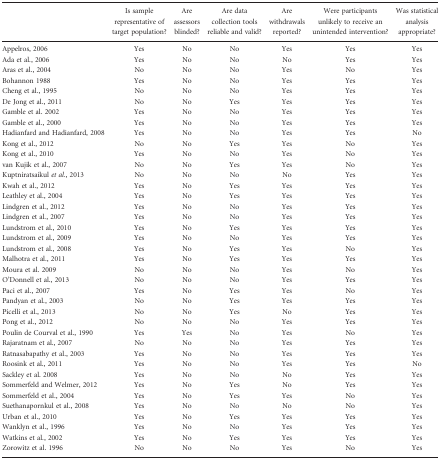
<table><thead><tr><td></td><td><b>Is sample representative of target population?</b></td><td><b>Are assessors blinded?</b></td><td><b>Are data collection tools reliable and valid?</b></td><td><b>Are withdrawals reported?</b></td><td><b>Were participants unlikely to receive an unintended intervention?</b></td><td><b>Was statistical analysis appropriate?</b></td></tr></thead><tbody><tr><td>Appelros, 2006</td><td>Yes</td><td>No</td><td>No</td><td>Yes</td><td>Yes</td><td>Yes</td></tr><tr><td>Ada et al., 2006</td><td>Yes</td><td>No</td><td>No</td><td>No</td><td>Yes</td><td>Yes</td></tr><tr><td>Aras et al., 2004</td><td>No</td><td>No</td><td>No</td><td>Yes</td><td>No</td><td>Yes</td></tr><tr><td>Bohannon 1988</td><td>Yes</td><td>No</td><td>No</td><td>Yes</td><td>Yes</td><td>Yes</td></tr><tr><td>Cheng et al., 1995</td><td>No</td><td>No</td><td>No</td><td>Yes</td><td>Yes</td><td>Yes</td></tr><tr><td>De Jong et al., 2011</td><td>No</td><td>No</td><td>Yes</td><td>Yes</td><td>Yes</td><td>Yes</td></tr><tr><td>Gamble et al. 2002</td><td>Yes</td><td>No</td><td>No</td><td>Yes</td><td>Yes</td><td>Yes</td></tr><tr><td>Gamble et al., 2000</td><td>Yes</td><td>No</td><td>No</td><td>Yes</td><td>Yes</td><td>Yes</td></tr><tr><td>Hadianfard and Hadianfard, 2008</td><td>Yes</td><td>No</td><td>No</td><td>Yes</td><td>Yes</td><td>No</td></tr><tr><td>Kong et al., 2012</td><td>No</td><td>No</td><td>Yes</td><td>Yes</td><td>No</td><td>Yes</td></tr><tr><td>Kong et al., 2010</td><td>Yes</td><td>No</td><td>No</td><td>Yes</td><td>No</td><td>Yes</td></tr><tr><td>van Kujik et al., 2007</td><td>No</td><td>No</td><td>Yes</td><td>Yes</td><td>No</td><td>Yes</td></tr><tr><td>Kuptniratsaikul <i>et al.</i>, 2013</td><td>No</td><td>No</td><td>No</td><td>No</td><td>Yes</td><td>Yes</td></tr><tr><td>Kwah et al., 2012</td><td>Yes</td><td>No</td><td>Yes</td><td>Yes</td><td>Yes</td><td>Yes</td></tr><tr><td>Leathley et al., 2004</td><td>Yes</td><td>No</td><td>Yes</td><td>Yes</td><td>Yes</td><td>Yes</td></tr><tr><td>Lindgren et al., 2012</td><td>Yes</td><td>No</td><td>No</td><td>Yes</td><td>Yes</td><td>Yes</td></tr><tr><td>Lindgren et al., 2007</td><td>Yes</td><td>No</td><td>No</td><td>Yes</td><td>Yes</td><td>Yes</td></tr><tr><td>Lundstrom et al., 2010</td><td>Yes</td><td>No</td><td>Yes</td><td>Yes</td><td>Yes</td><td>Yes</td></tr><tr><td>Lundstrom et al., 2009</td><td>Yes</td><td>No</td><td>No</td><td>Yes</td><td>Yes</td><td>Yes</td></tr><tr><td>Lundstrom et al., 2008</td><td>Yes</td><td>No</td><td>Yes</td><td>Yes</td><td>No</td><td>Yes</td></tr><tr><td>Malhotra et al., 2011</td><td>Yes</td><td>No</td><td>Yes</td><td>Yes</td><td>Yes</td><td>Yes</td></tr><tr><td>Moura et al. 2009</td><td>No</td><td>No</td><td>No</td><td>Yes</td><td>No</td><td>Yes</td></tr><tr><td>O&#x27;Donnell et al., 2013</td><td>No</td><td>No</td><td>No</td><td>Yes</td><td>Yes</td><td>Yes</td></tr><tr><td>Paci et al., 2007</td><td>Yes</td><td>No</td><td>Yes</td><td>Yes</td><td>No</td><td>Yes</td></tr><tr><td>Pandyan et al., 2003</td><td>No</td><td>No</td><td>Yes</td><td>Yes</td><td>Yes</td><td>Yes</td></tr><tr><td>Picelli et al., 2013</td><td>No</td><td>No</td><td>Yes</td><td>No</td><td>Yes</td><td>Yes</td></tr><tr><td>Pong et al., 2012</td><td>No</td><td>No</td><td>No</td><td>Yes</td><td>Yes</td><td>Yes</td></tr><tr><td>Poulin de Courval et al., 1990</td><td>Yes</td><td>Yes</td><td>No</td><td>Yes</td><td>No</td><td>Yes</td></tr><tr><td>Rajaratnam et al., 2007</td><td>No</td><td>No</td><td>No</td><td>Yes</td><td>Yes</td><td>Yes</td></tr><tr><td>Ratnasabapathy et al., 2003</td><td>Yes</td><td>No</td><td>No</td><td>Yes</td><td>Yes</td><td>Yes</td></tr><tr><td>Roosink et al., 2011</td><td>Yes</td><td>No</td><td>No</td><td>Yes</td><td>Yes</td><td>No</td></tr><tr><td>Sackley et al. 2008</td><td>Yes</td><td>No</td><td>No</td><td>No</td><td>Yes</td><td>Yes</td></tr><tr><td>Sommerfeld and Welmer, 2012</td><td>Yes</td><td>No</td><td>Yes</td><td>No</td><td>Yes</td><td>Yes</td></tr><tr><td>Sommerfeld et al., 2004</td><td>Yes</td><td>No</td><td>Yes</td><td>Yes</td><td>No</td><td>Yes</td></tr><tr><td>Suethanapornkul et al., 2008</td><td>Yes</td><td>No</td><td>No</td><td>No</td><td>No</td><td>Yes</td></tr><tr><td>Urban et al., 2010</td><td>Yes</td><td>No</td><td>Yes</td><td>Yes</td><td>Yes</td><td>Yes</td></tr><tr><td>Wanklyn et al., 1996</td><td>Yes</td><td>No</td><td>No</td><td>Yes</td><td>Yes</td><td>Yes</td></tr><tr><td>Watkins et al., 2002</td><td>Yes</td><td>No</td><td>Yes</td><td>Yes</td><td>Yes</td><td>Yes</td></tr><tr><td>Zorowitz et al. 1996</td><td>No</td><td>No</td><td>No</td><td>Yes</td><td>No</td><td>Yes</td></tr></tbody></table>